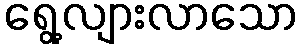
ရွေ့လျားလာသော